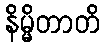
နိမ္မိတာတိ